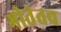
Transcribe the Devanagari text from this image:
गीतेतच